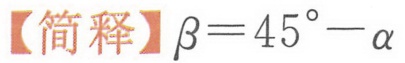
【简释】\(\beta = 45^{\circ}-\alpha\)